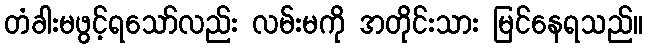
တံခါးမဖွင့်ရသော်လည်း လမ်းမကို အတိုင်းသား မြင်နေရသည်။